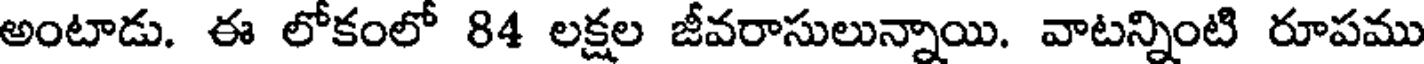
అంటాడు. ఈ లోకంలో 84 లక్షల జీవరాసులున్నాయి. వాటన్నింటి రూపము